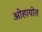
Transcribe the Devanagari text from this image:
ओहायोत